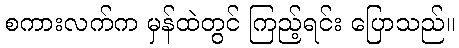
စကားလက်က မှန်ထဲတွင် ကြည့်ရင်း ပြောသည်။